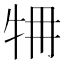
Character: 𤙉